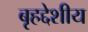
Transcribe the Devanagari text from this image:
बृहद्देशीय